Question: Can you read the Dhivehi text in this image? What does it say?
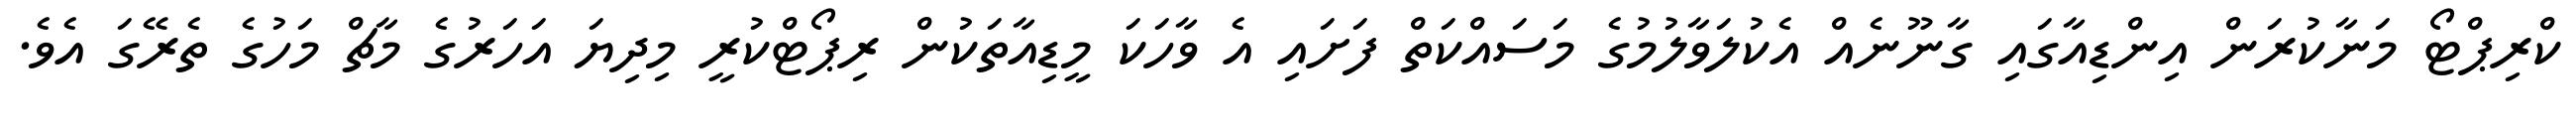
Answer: ކްރިޕްޓޯ މަނާކުރަން އިންޑިއާގައި ގާނޫނެއް އެކުލަވާލުމުގެ މަސައްކަތް ފަށައި އެ ވާހަކަ މީޑިއާތަކުން ރިޕޯޓްކުރީ މިދިޔަ އަހަރުގެ މާޗް މަހުގެ ތެރޭގަ އެވެ.